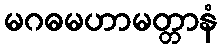
မဂဓမဟာမတ္တာနံ